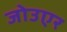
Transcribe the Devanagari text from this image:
जोउएर